Annual report on the Civil Veterinary Department, Burma (including the Insein Veterinary School) - 1910-1922
Year: 1910
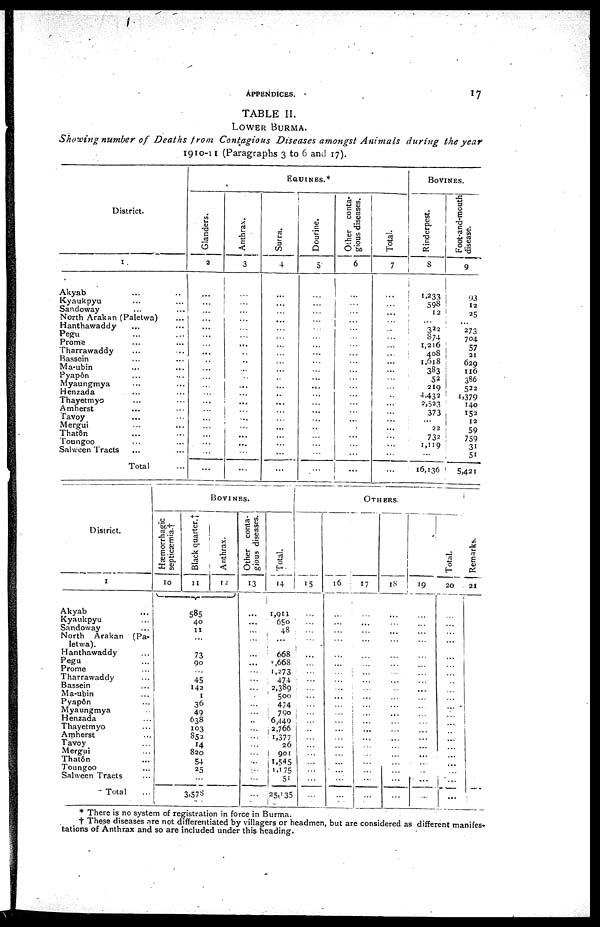
APPENDICES.
17
TABLE II.
LOWER BURMA.
Showing number of Deaths from Contagious Diseases amongst Animals
during the year
1910-11 (Paragraphs 3 to 6 and 17 ).
District.
1
Akyab ... ...
Kyaukpyu ... ...
Sandoway ... ...
North Arakan (Paletwa) ...
Hanthawaddy ... ...
Pegu
Prome ... ...
Tharrawaddy ... ...
Bassein ... ...
Ma-ubin ... ...
Pyapôn ... ...
Myaungmya ... ...
Henzada
... ...
Thayetmyo ... ...
Amherst
Tavoy ... ...
Mergui ... ...
Thatôn ... ...
Toungoo ... ...
Salween Tracts ... ...
Total ...
EQUINES.*
Glanders.
2
...
...
...
...
...
...
...
...
..
...
...
...
...
...
...
...
...
...
...
...
...
Anthrax.
3
...
...
...
...
...
...
...
...
...
...
...
...
...
...
... ...
...
...
...
...
...
Surra.
4
...
...
...
...
...
...
...
...
...
...
...
...
...
...
...
...
...
...
...
...
...
Dourine.
5
...
...
...
...
...
...
...
...
...
...
...
...
...
...
...
...
...
...
...
...
...
Other conta-
gious diseases.
6
...
...
...
...
...
...
...
...
...
...
...
...
...
...
...
...
...
...
...
...
...
Total.
7
...
...
...
...
...
...
...
...
...
...
...
...
...
...
...
...
...
...
...
...
...
BOVINES.
Rinderpest.
8
1,233
598
12
322
874
1,216
408
1,618
383
52
219
4,432
2,523
373
22
732
1,119
...
16,136
Foot-and-mouth
disease.
9
93
12
25
273
704
57
21
629
116
386
522
1,379
140
152
12
59
759
31
51
5,421
District.
1
Akyab ...
Kyaukpyu ...
Sandoway ...
North Arakan (Pa-
letwa).
Hanthawaddy ...
Pegu
Prome ...
Tharrawaddy ...
Bassein ...
Ma-ubin ...
Pyap6n
Myaungmya ...
Henzada ...
Thayetmyo ...
Amherst
Tavoy ...
Mergui ...
Thatôn
Tounsroo ...
Salween Tracts ...
Total ...
BOVINES.
Hæmorrhagic
septicæmia.†
10
Black quarter.†
11
Anthrax.
12
...
585
40
11
...
73
90
...
45
142
1
36
49
638
103
S52
14
820
54
25
3,578
Other conta-
gious diseases.
13
...
...
...
...
...
...
...
...
...
...
...
...
...
...
...
...
...
...
...
...
...
...
Total.
14
1,911
650
48
...
668
1,668
1,273
474
2,389
500
474
790
6,449
2,766
1,377
26
901
1,545
1,175
51
25,135
OTHERS.
15
...
...
...
...
...
...
...
...
...
...
...
...
...
...
...
...
...
...
...
...
...
16
... ...
... ...
... ...
...
...
...
...
...
...
...
...
...
...
...
...
...
...
...
...
...
17
... ...
...
...
...
...
...
...
...
...
...
...
...
...
...
... ...
... ...
...
18
...
...
...
...
...
...
...
...
...
...
...
...
...
...
...
...
...
...
...
...
...
...
19
...
...
...
...
...
...
...
...
...
...
...
...
...
...
...
...
...
...
...
...
...
...
Total.
20
...
...
...
...
...
...
...
...
...
...
...
...
...
...
...
...
...
...
...
...
...
...
Remarks.
21
* There is no system of registration in force in Burma.
† These diseases are not differentiated by villagers or headmen, but are considered as different manifes-
tations of Anthrax and so are included under this heading.